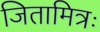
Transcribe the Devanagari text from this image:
जितामित्रः